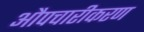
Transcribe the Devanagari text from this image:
औपचारीकरण